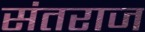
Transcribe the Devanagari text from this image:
संतराज